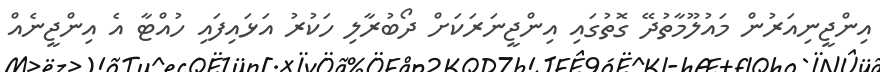
އިންޖީނިއަރުން މައުލޫމާތުދޭ ގޮތުގައި އިންޖީނަރަކަށް ދޯބުރާލި ހަކުރު އަޅައިފައި ހުއްޓާ އެ އިންޖީނެއް